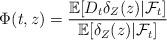
LaTeX: \begin{align*}\Phi(t,z)= \frac{\mathbb{E}[D_t\delta_Z(z)|\mathcal{F}_t]}{\mathbb{E}[\delta_Z(z)|\mathcal{F}_t]}\end{align*}